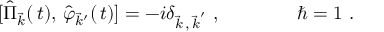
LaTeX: [ \hat { \Pi } _ { \vec { k } } ( \, t ) , \, \hat { \varphi } _ { \vec { k } ^ { \prime } } ( \, t ) ] = - i \delta _ { { \vec { k } \, , \, \vec { k } } ^ { \prime } } \ , \qquad \qquad \hbar = 1 \ .